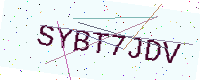
Text: SYBT7JDV